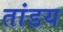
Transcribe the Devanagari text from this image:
तांडय